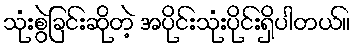
သုံးစွဲခြင်းဆိုတဲ့ အပိုင်းသုံးပိုင်းရှိပါတယ်။